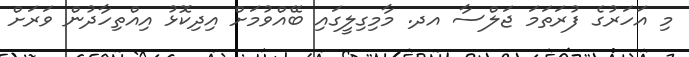
މި އަހަރުގެ ފުރަތަމަ ޖަލްސާ އދ. މާމިގިލީގައި ބޭއްވުމަށް އިދިކޮޅު އިއްތިހާދުން ވަރަށް